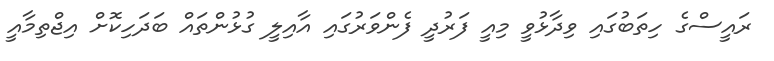
ރައީސްގެ ހިތަބުގައި ވިދާޅުވީ މިއީ ފަރުދީ ފެންވަރުގައި އާއިލީ ގުޅުންތައް ބަދަހިކޮށް އިޖްތިމާއީ